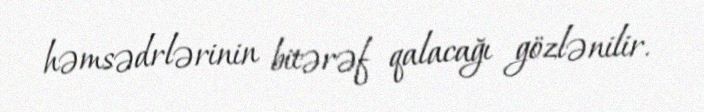
həmsədrlərinin bitərəf qalacağı gözlənilir.